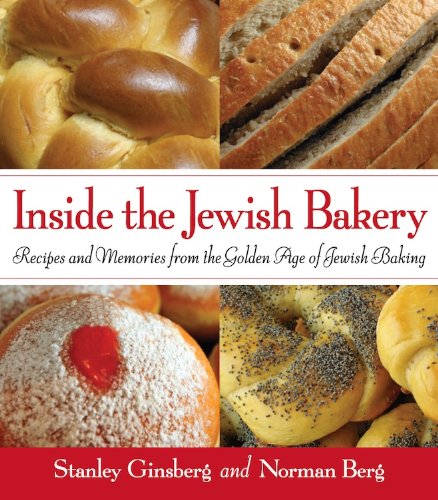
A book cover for Inside the Jewish Bakery: Recipes and Memories from the Golden Age of Jewish Baking; Stanley Ginsberg; Cookbooks, Food & Wine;